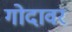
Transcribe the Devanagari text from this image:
गोदावर